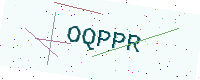
Text: OQPPR